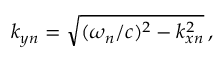
k _ { y n } = \sqrt { ( \omega _ { n } / c ) ^ { 2 } - k _ { x n } ^ { 2 } } \, ,